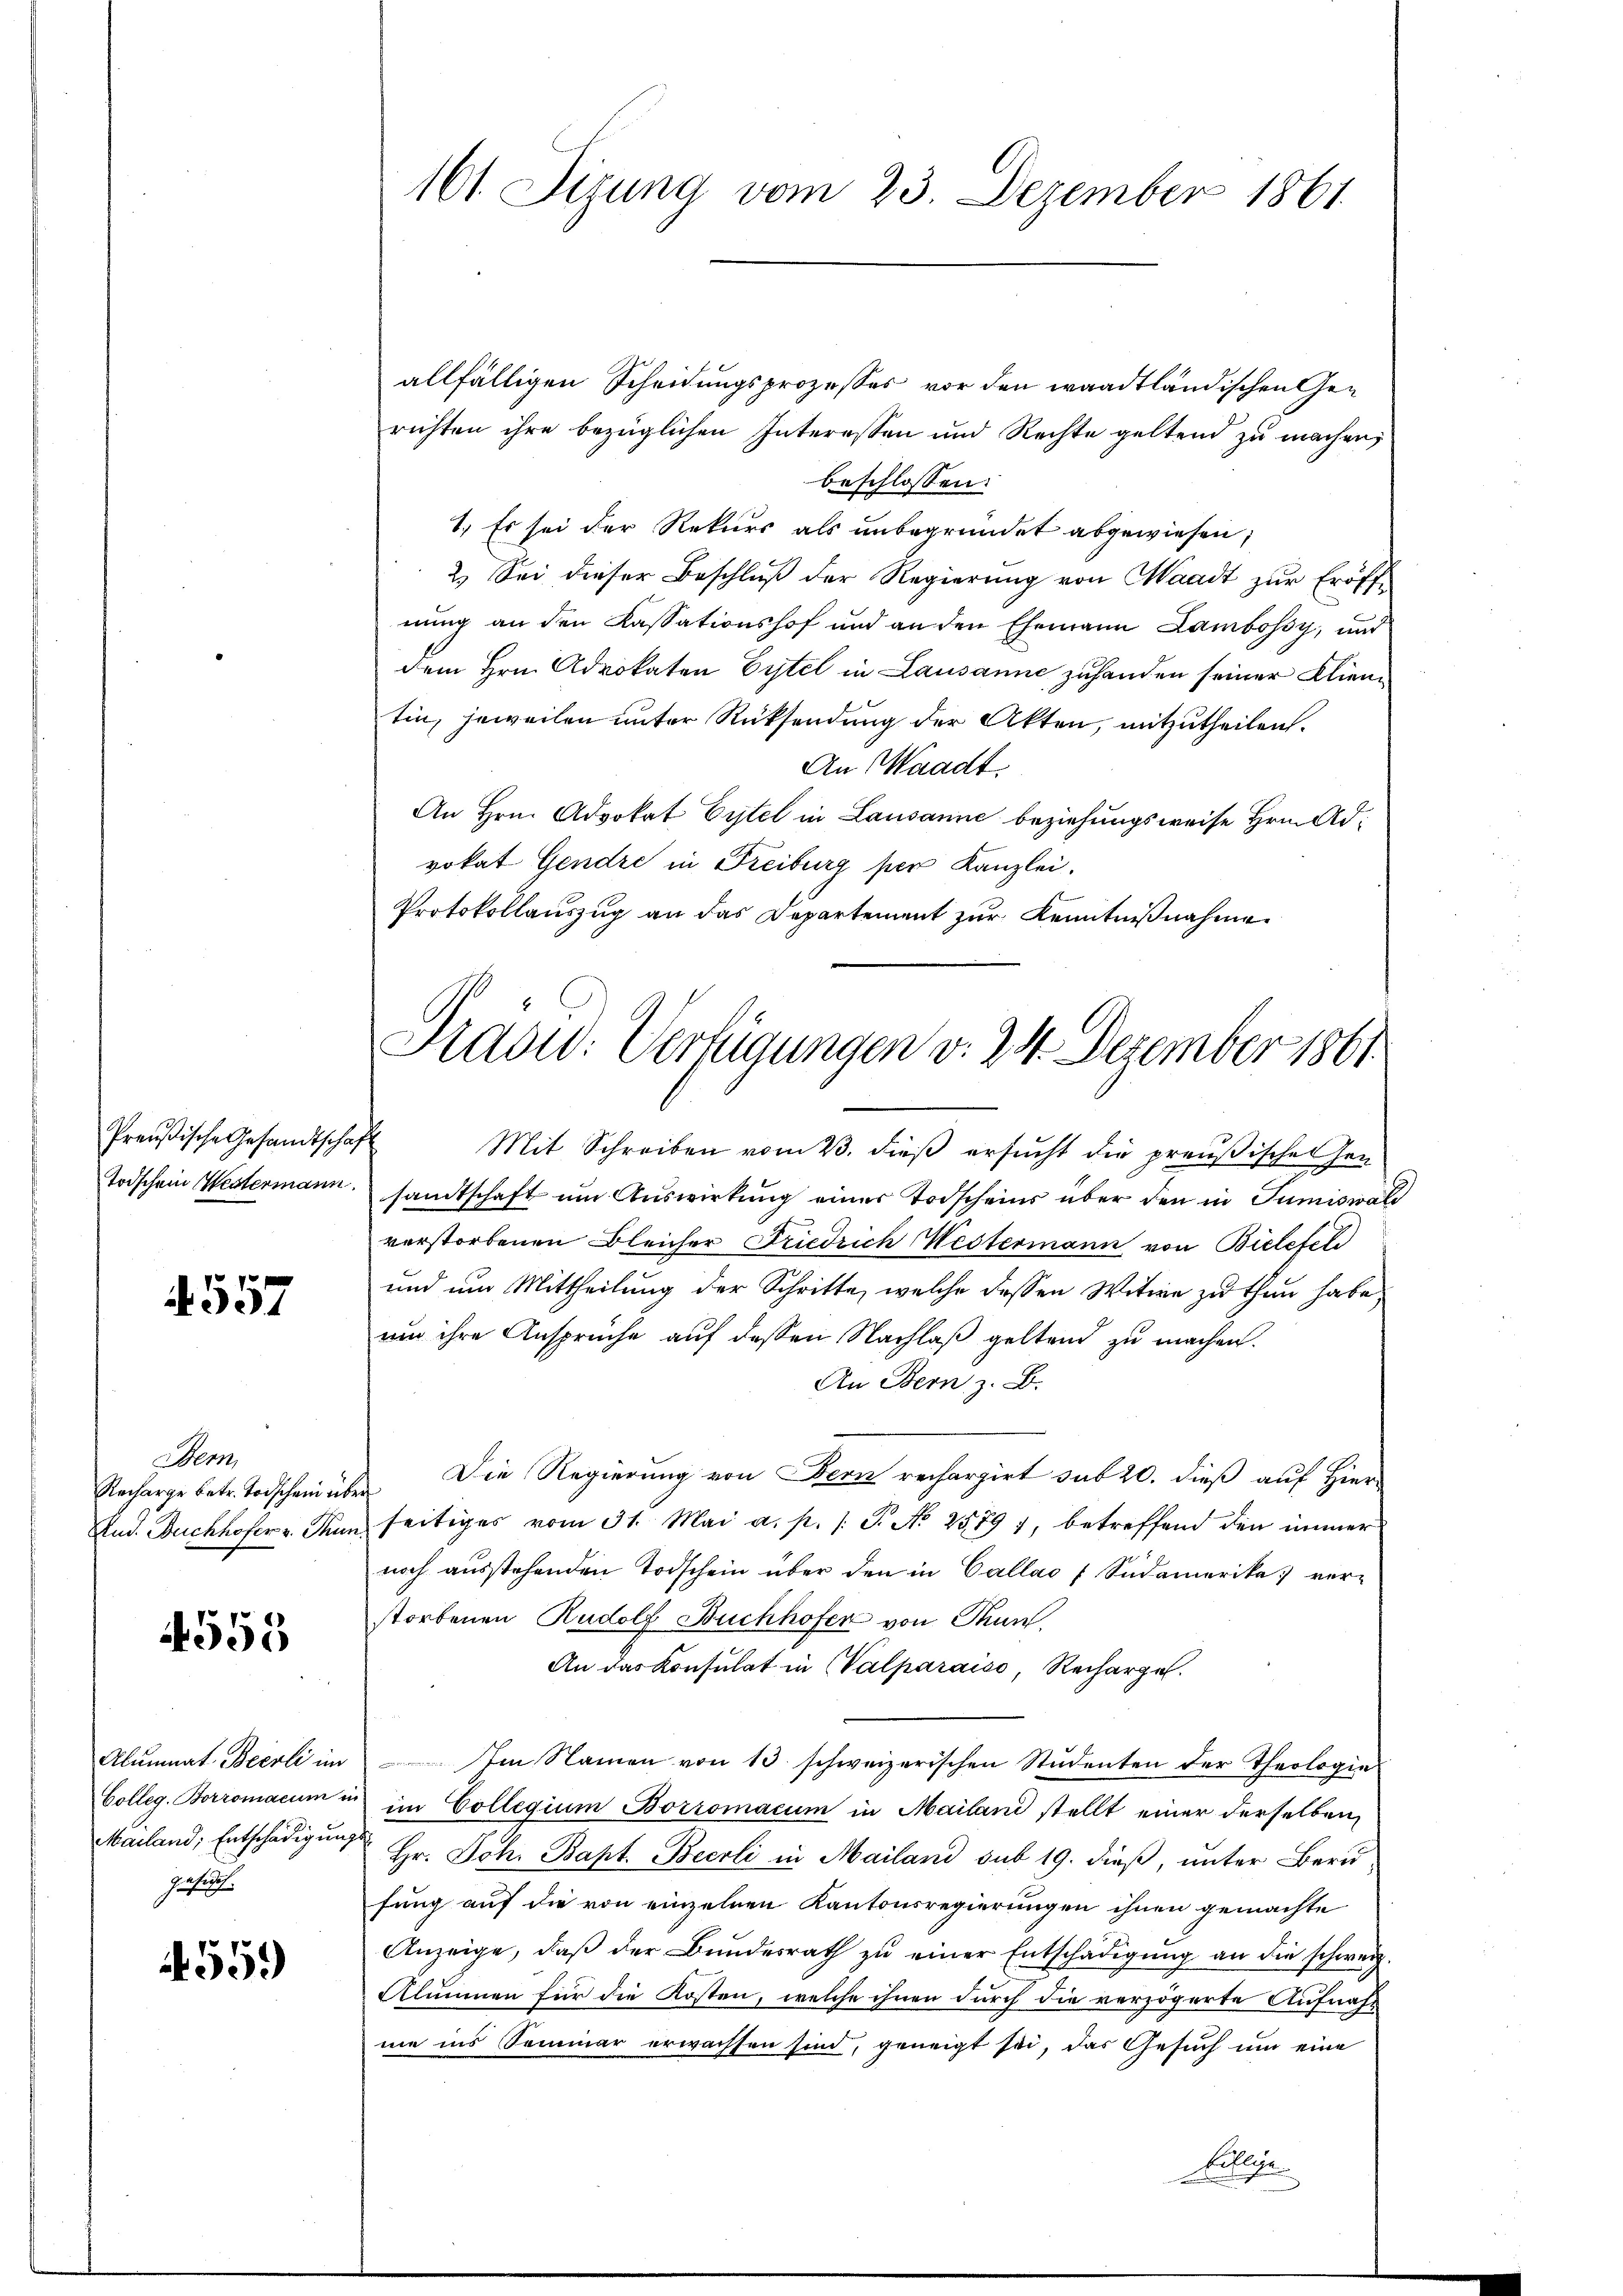
Preußische Gesandtschaft

557

em
Recharge betr. Todschein über

4558

zete.

4559)

161. Sizung vom 23. Dezember 1861

allfälligen Scheidungsprozesses vor den waadtländischen Gerichten ihre bezüglichen Interessen und Rechte geltend zu machen,
beschlossen:
1.) Es sei der Rekurs als unbegründet abgewiesen;
2. Sei dieser Beschluß der Regierung von Waadt zur Eröffnung an den Kassationshof und an den Ehemann Lambossy, und
dem Hrn. Advokaten Eitel in Lausanne zuhanden seiner Klientin, jeweilen unter Rücksendung der Akten, mitzutheilen.
An Waadt.
An Hrn. Advokat Eitel in Lausanne beziehungsweise Hrn. Advokat Gendre in Freiburg per Kanzlei.
Protokollauszug an das Departement zur Kenntnißnahme

Mit Schreiben vom 23. dieß ersucht die preußischen Gen
Todschein Westermann. sandtschaft ŭm Aŭswirkŭng einer Todscheins über den in Tumiswald
verstorbenen Bleicher Friedrich Mestermann von Bielefel
und um Mittheilung der Schritte, welche dessen Witwe zu thun habe,
um ihre Ansprüche auf dessen Nachlaß geltend zu machen.
An Bern z. B.
Die Regierung von Bern rechargirt sub 20. dieß auf Hier-
And. Buchhofer v. Thun seitiges vom 31. Mai a. p. 1 S. No 2579, betreffend den immer
noch ausstehenden Todschein über den in Callas Südamerika verstorbenen Rudolf Buchhofer von Thun.
An das Konsulat in Walparaiso, Recharges.
Alumnat. Becrli im ten Namen von 13 schweizerischen Studenten der Theologie
Colleg. Borromacum u. im Collegium Borromacum in Mailand stellt einer derselben
Mailand, Entschädigung Hr. Joh. Bapt. Becrli in Mailand sub 19. dieß, unter Bern
fung auf die von einzelnen Kantonsregierungen ihnen gemachte
Anzeige, daβ der Bundesrath zŭ einer Entschädigŭng an die schweiz.
Alumnen für die Kosten, welche ihnen durch die verzögerte Aufnahne ins Seminar erwachsen sind, geneigt sei, das Gesuch um eine
Pelligen

Praoid: Vertigungen v. 24. Dezember 1861